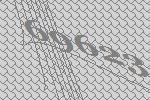
69623